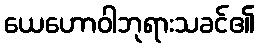
ယေဟောဝါဘုရားသခင်၏